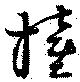
撞